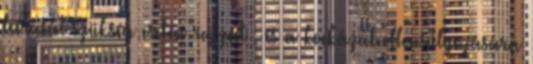
leírását szükség esetén rajzát , és a kockázat ellensúlyozására